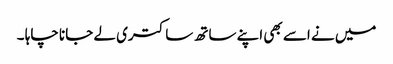
میں نے اسے بھی اپنے ساتھ ساکتری لے جانا چاہا ۔